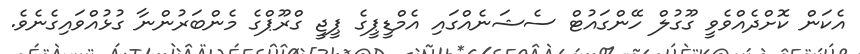
އެކަން ކޮށްދެއްވެވީ ގޫގުލް ހޭންގައުޓް ސެޝަނެއްގައި އެމްޑީޕީގެ ޕީޖީ ގްރޫޕްގެ މެންބަރުންނާ ގުޅުއްވައިގެނެވެ.